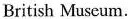
British Museum.